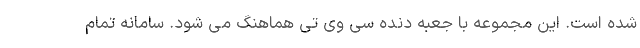
شده است. این مجموعه با جعبه دنده سی وی تی هماهنگ می شود. سامانه تمام